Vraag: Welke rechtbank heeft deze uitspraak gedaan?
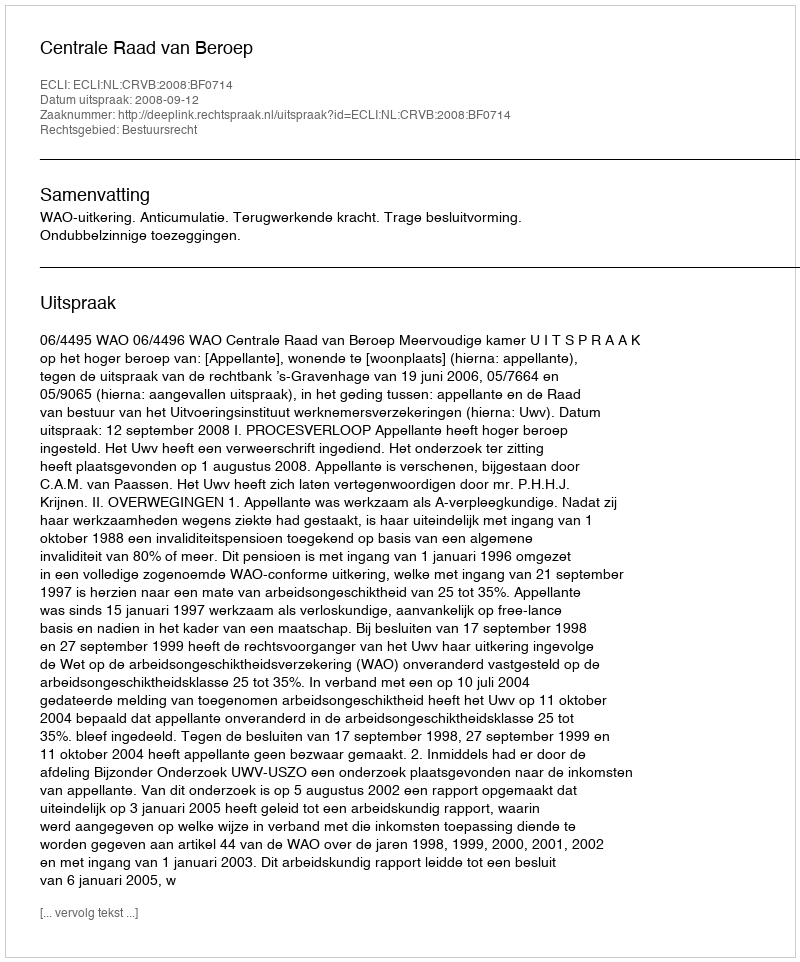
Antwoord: Centrale Raad van Beroep